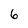
Character: 6